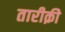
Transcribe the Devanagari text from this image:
तारीक़ी